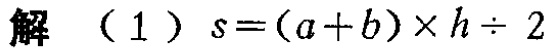
解 （1）\(s=(a + b)\times h\div 2\)